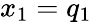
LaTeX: x_{1}=q_{1}